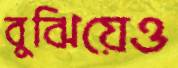
বুঝিয়েও